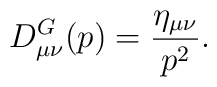
D^G_{\mu\nu}(p)=\frac{\eta_{\mu\nu}}{p^2}.